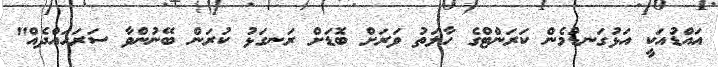
އައްޑުއަކީ އަޅުގަނޑުމެން ކަރަންޓްގެ ހާލަތު ވަރަށް ބޮޑަށް ރަނގަޅު ކުރަން ބޭނުންވާ ސަރަހައްދެއް"